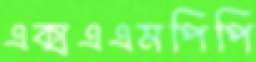
এক্সএএমপিপি